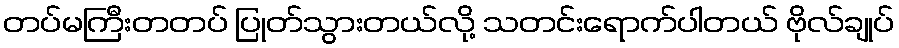
တပ်မကြီးတတပ် ပြုတ်သွားတယ်လို့ သတင်းရောက်ပါတယ် ဗိုလ်ချုပ်